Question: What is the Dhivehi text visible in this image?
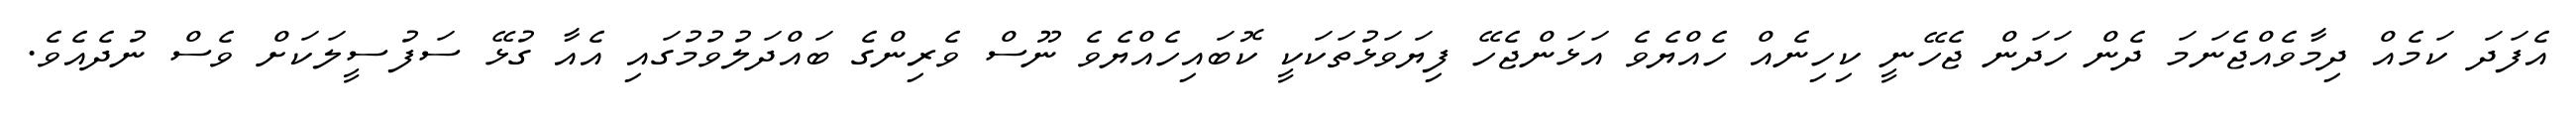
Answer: އެފަދަ ކަމެއް ދިމާވެއްޖެނަމަ ދެން ހަދަން ޖެހޭނީ ކިހިނެއް ހެއްޔެވެ އަޅަންޖެހޭ ފިޔަވަޅުތަކަކީ ކޮބައިހެއްޔެވެ ނޫސް ވެރިންގެ ބައްދަލުވުމުގައި އެއާ ގުޅޭ ސަފުސީލަކަށް ވެސް ނުދެއެވެ.